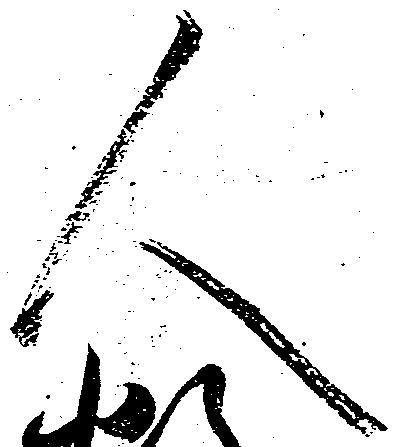
人